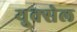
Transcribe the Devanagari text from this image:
युक्सेल